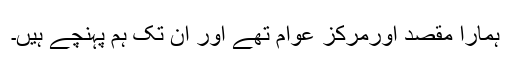
ہمارا مقصد اورمرکز عوام تھے اور ان تک ہم پہنچے ہیں۔